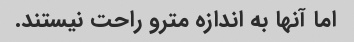
اما آنها به اندازه مترو راحت نیستند.